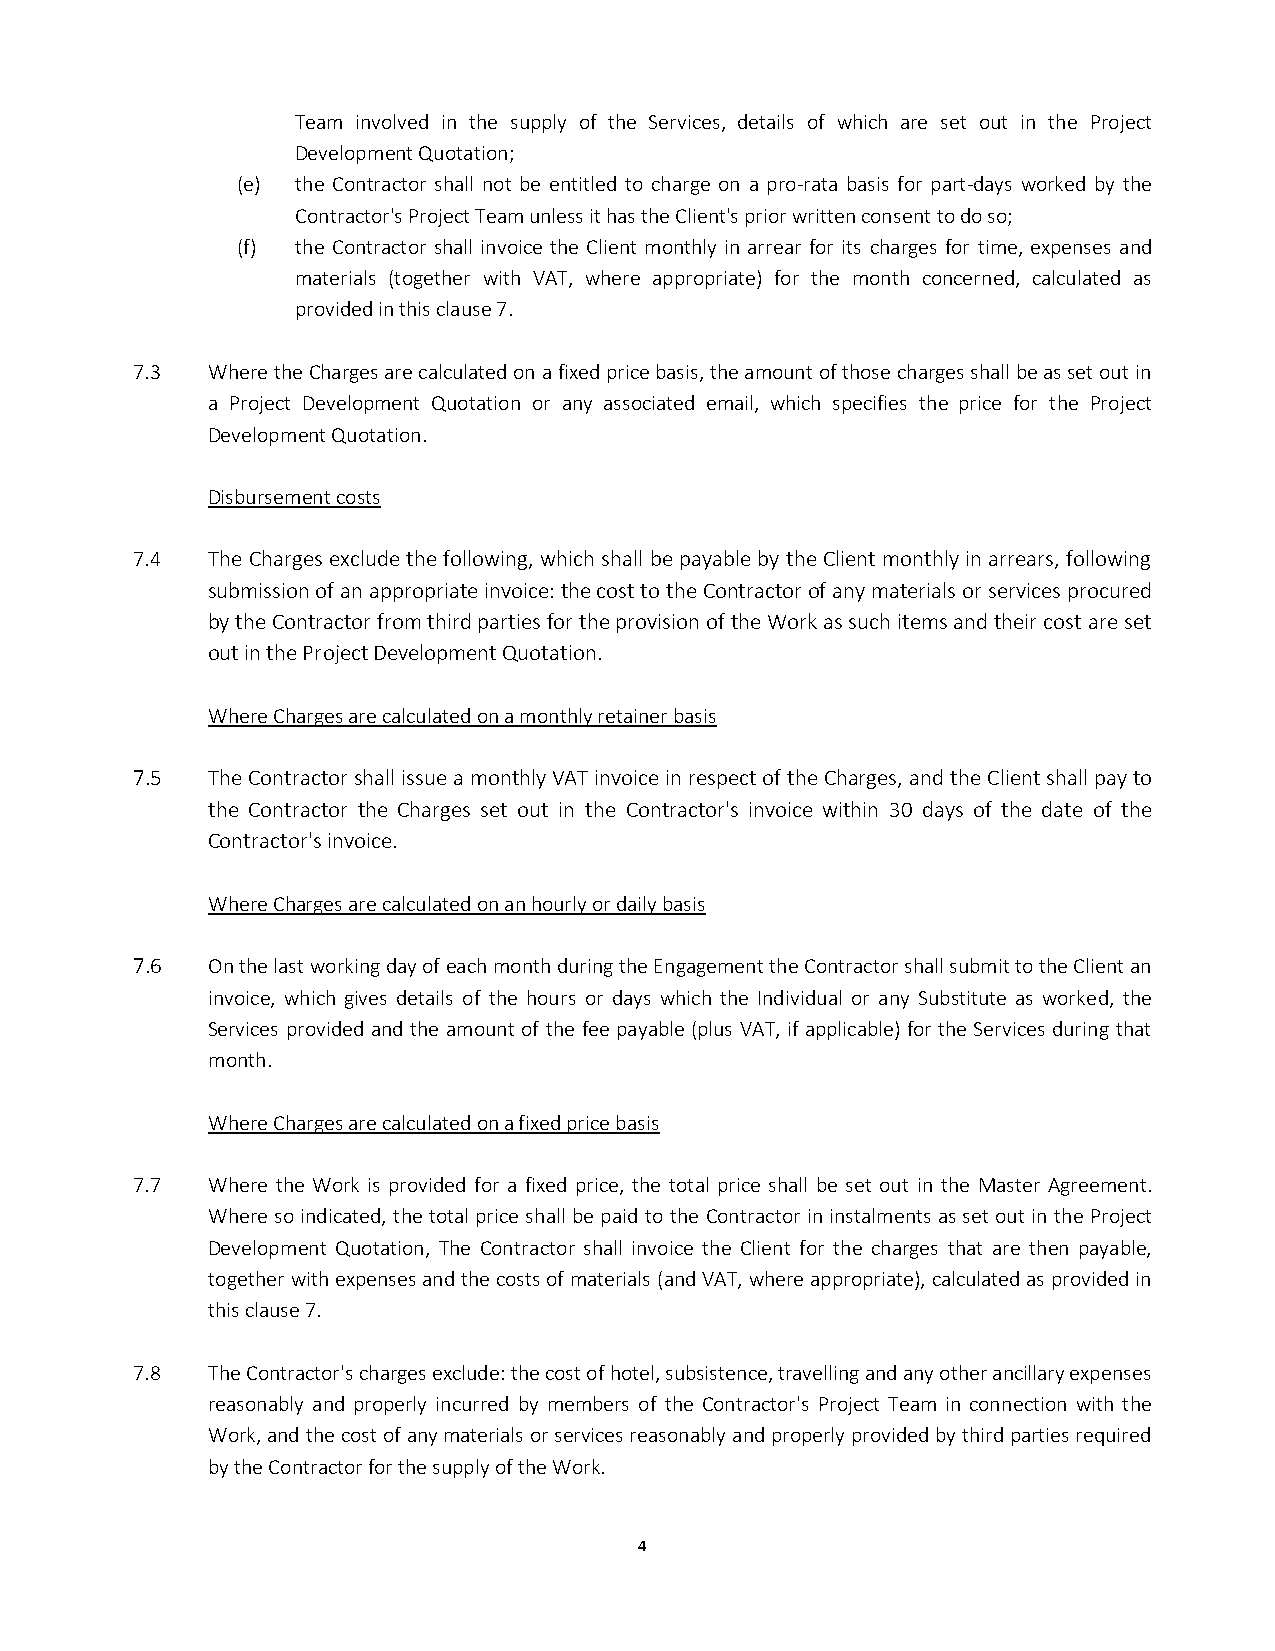
Team involved in the supply of the Services, details of which are set out in the Project
 Development Quotation;
 (e) the Contractor shall not be entitled to charge on a pro-rata basis for part-days worked by the
 Contractor's Project Team unless it has the Client's prior written consent to do so;
 (f) the Contractor shall invoice the Client monthly in arrear for its charges for time, expenses and
 materials (together with VAT, where appropriate) for the month concerned, calculated as
 provided in this clause 7.
 7.3  Where the Charges are calculated on a fixed price basis, the amount of those charges shall be as set out in
 a Project Development Quotation or any associated email, which specifies the price for the Project
 Development Quotation.
 Disbursement costs
 7.4  The Charges exclude the following, which shall be payable by the Client monthly in arrears, following
 submission of an appropriate invoice: the cost to the Contractor of any materials or services procured
 by the Contractor from third parties for the provision of the Work as such items and their cost are set
 out in the Project Development Quotation.
 Where Charges are calculated on a monthly retainer basis
 7.5  The Contractor shall issue a monthly VAT invoice in respect of the Charges, and the Client shall pay to
 the Contractor the Charges set out in the Contractor's invoice within 30 days of the date of the
 Contractor's invoice.
 Where Charges are calculated on an hourly or daily basis
 7.6  On the last working day of each month during the Engagement the Contractor shall submit to the Client an
 invoice, which gives details of the hours or days which the Individual or any Substitute as worked, the
 Services provided and the amount of the fee payable (plus VAT, if applicable) for the Services during that
 month.
 Where Charges are calculated on a fixed price basis
 7.7  Where the Work is provided for a fixed price, the total price shall be set out in the Master Agreement.
 Where so indicated, the total price shall be paid to the Contractor in instalments as set out in the Project
 Development Quotation, The Contractor shall invoice the Client for the charges that are then payable,
 together with expenses and the costs of materials (and VAT, where appropriate), calculated as provided in
 this clause 7.
 7.8  The Contractor's charges exclude: the cost of hotel, subsistence, travelling and any other ancillary expenses
 reasonably and properly incurred by members of the Contractor's Project Team in connection with the
 Work, and the cost of any materials or services reasonably and properly provided by third parties required
 by the Contractor for the supply of the Work.
 4